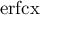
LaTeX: \mathrm { e r f c x }